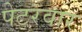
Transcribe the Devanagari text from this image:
पेटरवार